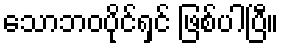
သောဘဝပိုင်ရှင် ဖြစ်ပါပြီ။